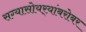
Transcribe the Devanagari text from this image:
सग्यासोयर्‍यांबरोबर